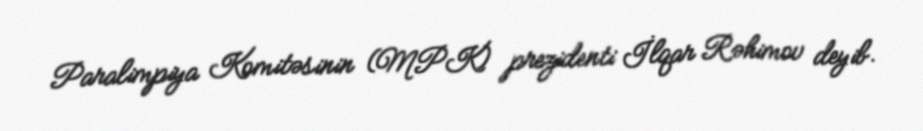
Paralimpiya Komitəsinin (MPK) prezidenti İlqar Rəhimov deyib.